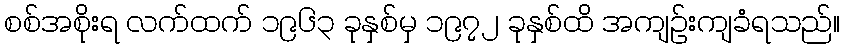
စစ်အစိုးရ လက်ထက် ၁၉၆၃ ခုနှစ်မှ ၁၉၇၂ ခုနှစ်ထိ အကျဉ်းကျခံရသည်။